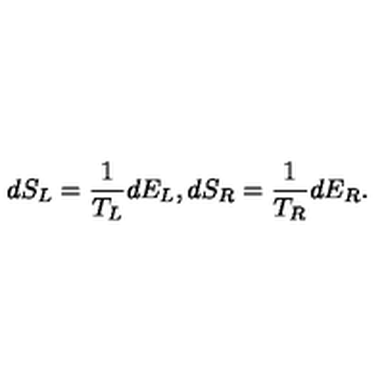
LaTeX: d S _ { L } = { \frac { 1 } { T _ { L } } } d E _ { L } , d S _ { R } = { \frac { 1 } { T _ { R } } } d E _ { R } .